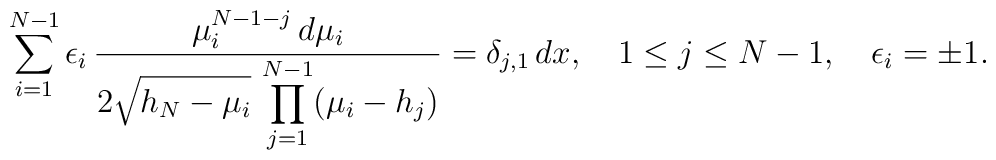
\sum_{i=1}^{N-1} \epsilon_{i} \, {\mu_{i}^{N-1-j} \, d\mu_{i}\over\displaystyle 2\sqrt{h_{N}-\mu_{i}} \,\prod_{j=1}^{N-1}(\mu_{i}-h_{j})} =\delta_{j,1}\, dx,\quad 1\leq j\leq N-1, \quad \epsilon_{i}=\pm 1.